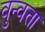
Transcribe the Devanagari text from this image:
वुन्वत्ता